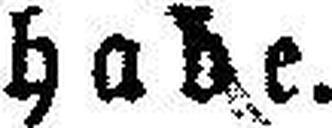
habe.